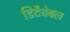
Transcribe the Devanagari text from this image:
डिटैचेबल